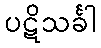
ပဋိသင်္ခါ